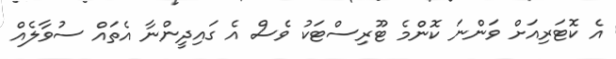
އެ ކޮޓަރިއަށް ވަންނަ ކޮންމެ ޓޫރިސްޓަކު ވެސް އެ ގައިދީންނާ އެތައް ސުވާލެއް